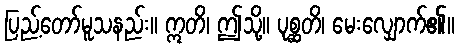
ပြည့်တော်မူသနည်း။ ဣတိ၊ ဤသို့။ ပုစ္ဆတိ၊ မေးလျှောက်၏။